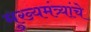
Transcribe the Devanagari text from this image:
मुख्यमंत्र्यांचे